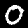
Digit: 0